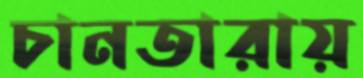
চানতারায়